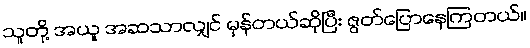
သူတို့ အယူ အဆသာလျှင် မှန်တယ်ဆိုပြီး ဇွတ်ပြောနေကြတယ်။